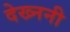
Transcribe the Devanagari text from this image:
देख्ननी